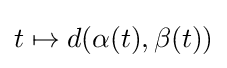
t\mapsto d(\alpha (t),\beta (t))